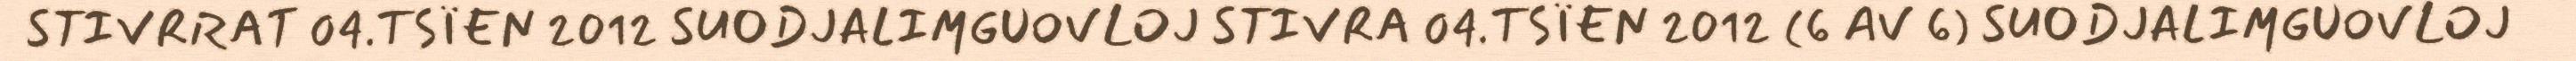
STIVRRAT 04.TSÏEN 2012 SUODJALIMGUOVLOJ STIVRA 04.TSÏEN 2012 (6 AV 6) SUODJALIMGUOVLOJ